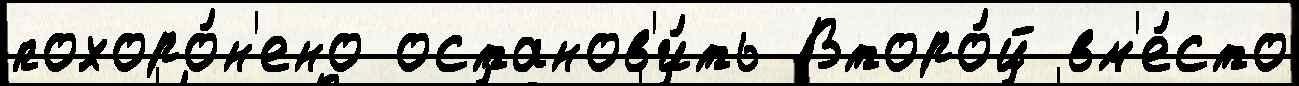
похоро́н'ено останов'и́ть Второ́й вм'е́сто